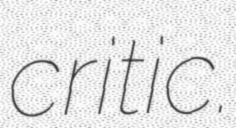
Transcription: critic.